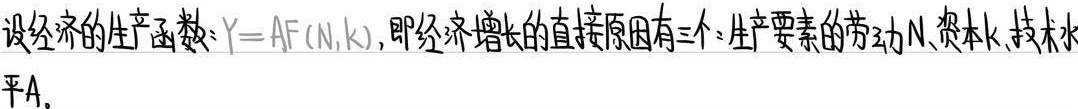
设经济的生产函数：$Y = AF(N,k)$，即经济增长的直接原因有三个：生产要素的劳动力$N$、资本$k$、技术水平$A$。